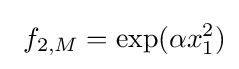
\ f_{2,M}={\rm {exp}}(\alpha x_{1}^{2})